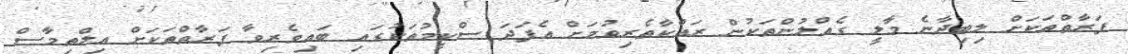
ފަރާތްތަކަށް ލިބިދާނެ މާލީ ގެއްލުންތަކުން ރައްކާތެރިވުމަށް އެފަދަ ސްކީމުތަކުގައި ބައިވެރިވާ ފަރާތްތަކަށް އިލްތިމާސް